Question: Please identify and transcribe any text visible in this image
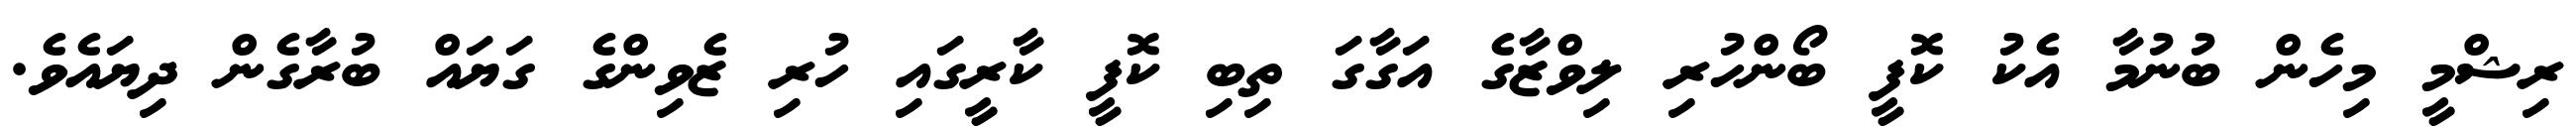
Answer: ރިޝްމީ މިހެން ބުނުމާ އެކު ކޮފީ ބޯންހުރި ލިވްޒާގެ އަގާގަ ތިބި ކޮފީ ކާރީގައި ހުރި ޒެވިންގެ ގަޔައް ބުރާގެން ދިޔައެވެ.